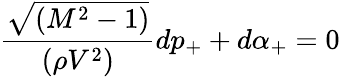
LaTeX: \frac{\sqrt{(M^{2}-1)}}{(\rho V^{2})}dp_{+}+d\alpha_{+}=0